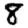
Digit: 8